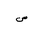
Letter: _sad